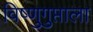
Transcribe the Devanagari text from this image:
विष्णुगुप्ताला